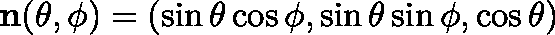
\mathbf { n ( \theta , \phi ) } = ( \sin \theta \cos \phi , \sin \theta \sin \phi , \cos \theta )